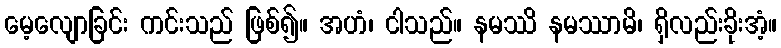
မေ့လျောခြင်း ကင်းသည် ဖြစ်၍။ အဟံ၊ ငါသည်။ နမဿိ နမဿာမိ၊ ရှိလည်းခိုးအံ့။